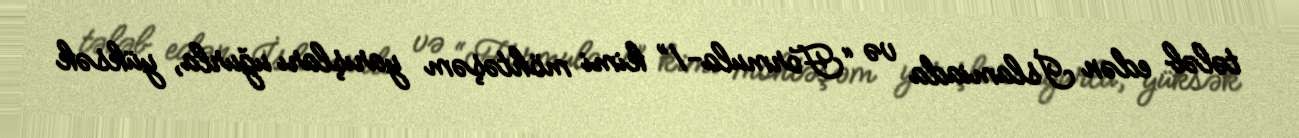
tələb edən İslamiada və “Formula-1” kimi möhtəşəm yarışları uğurla, yüksək